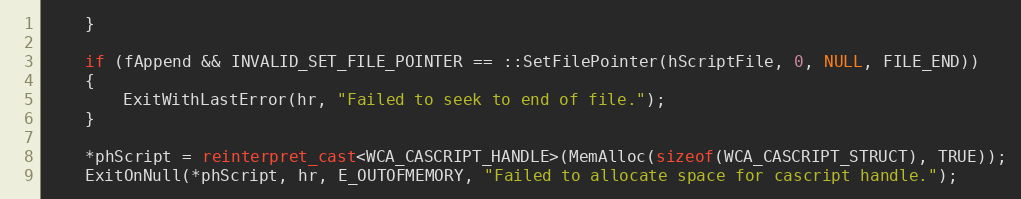
Language: C++
    }

    if (fAppend && INVALID_SET_FILE_POINTER == ::SetFilePointer(hScriptFile, 0, NULL, FILE_END))
    {
        ExitWithLastError(hr, "Failed to seek to end of file.");
    }

    *phScript = reinterpret_cast<WCA_CASCRIPT_HANDLE>(MemAlloc(sizeof(WCA_CASCRIPT_STRUCT), TRUE));
    ExitOnNull(*phScript, hr, E_OUTOFMEMORY, "Failed to allocate space for cascript handle.");